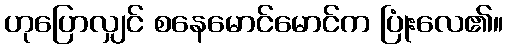
ဟုပြောလျှင် စနေမောင်မောင်က ပြုံးလေ၏။